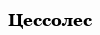
Цессолес